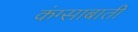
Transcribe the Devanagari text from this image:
कंग्साबाती